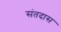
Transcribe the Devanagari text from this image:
संतदास